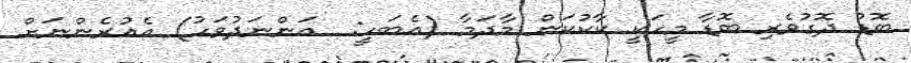
ބޮޑު ދޮގުވެރި ބޮޑާ މީހަކީ ކާކުކަން މާދަމާ (އެބަހީ:  އަންނަދުވަހު) އެއުރެންނަށް